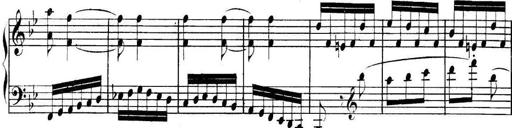
Title: Collected Piano Sonatas
Composer: Muzio Clementi